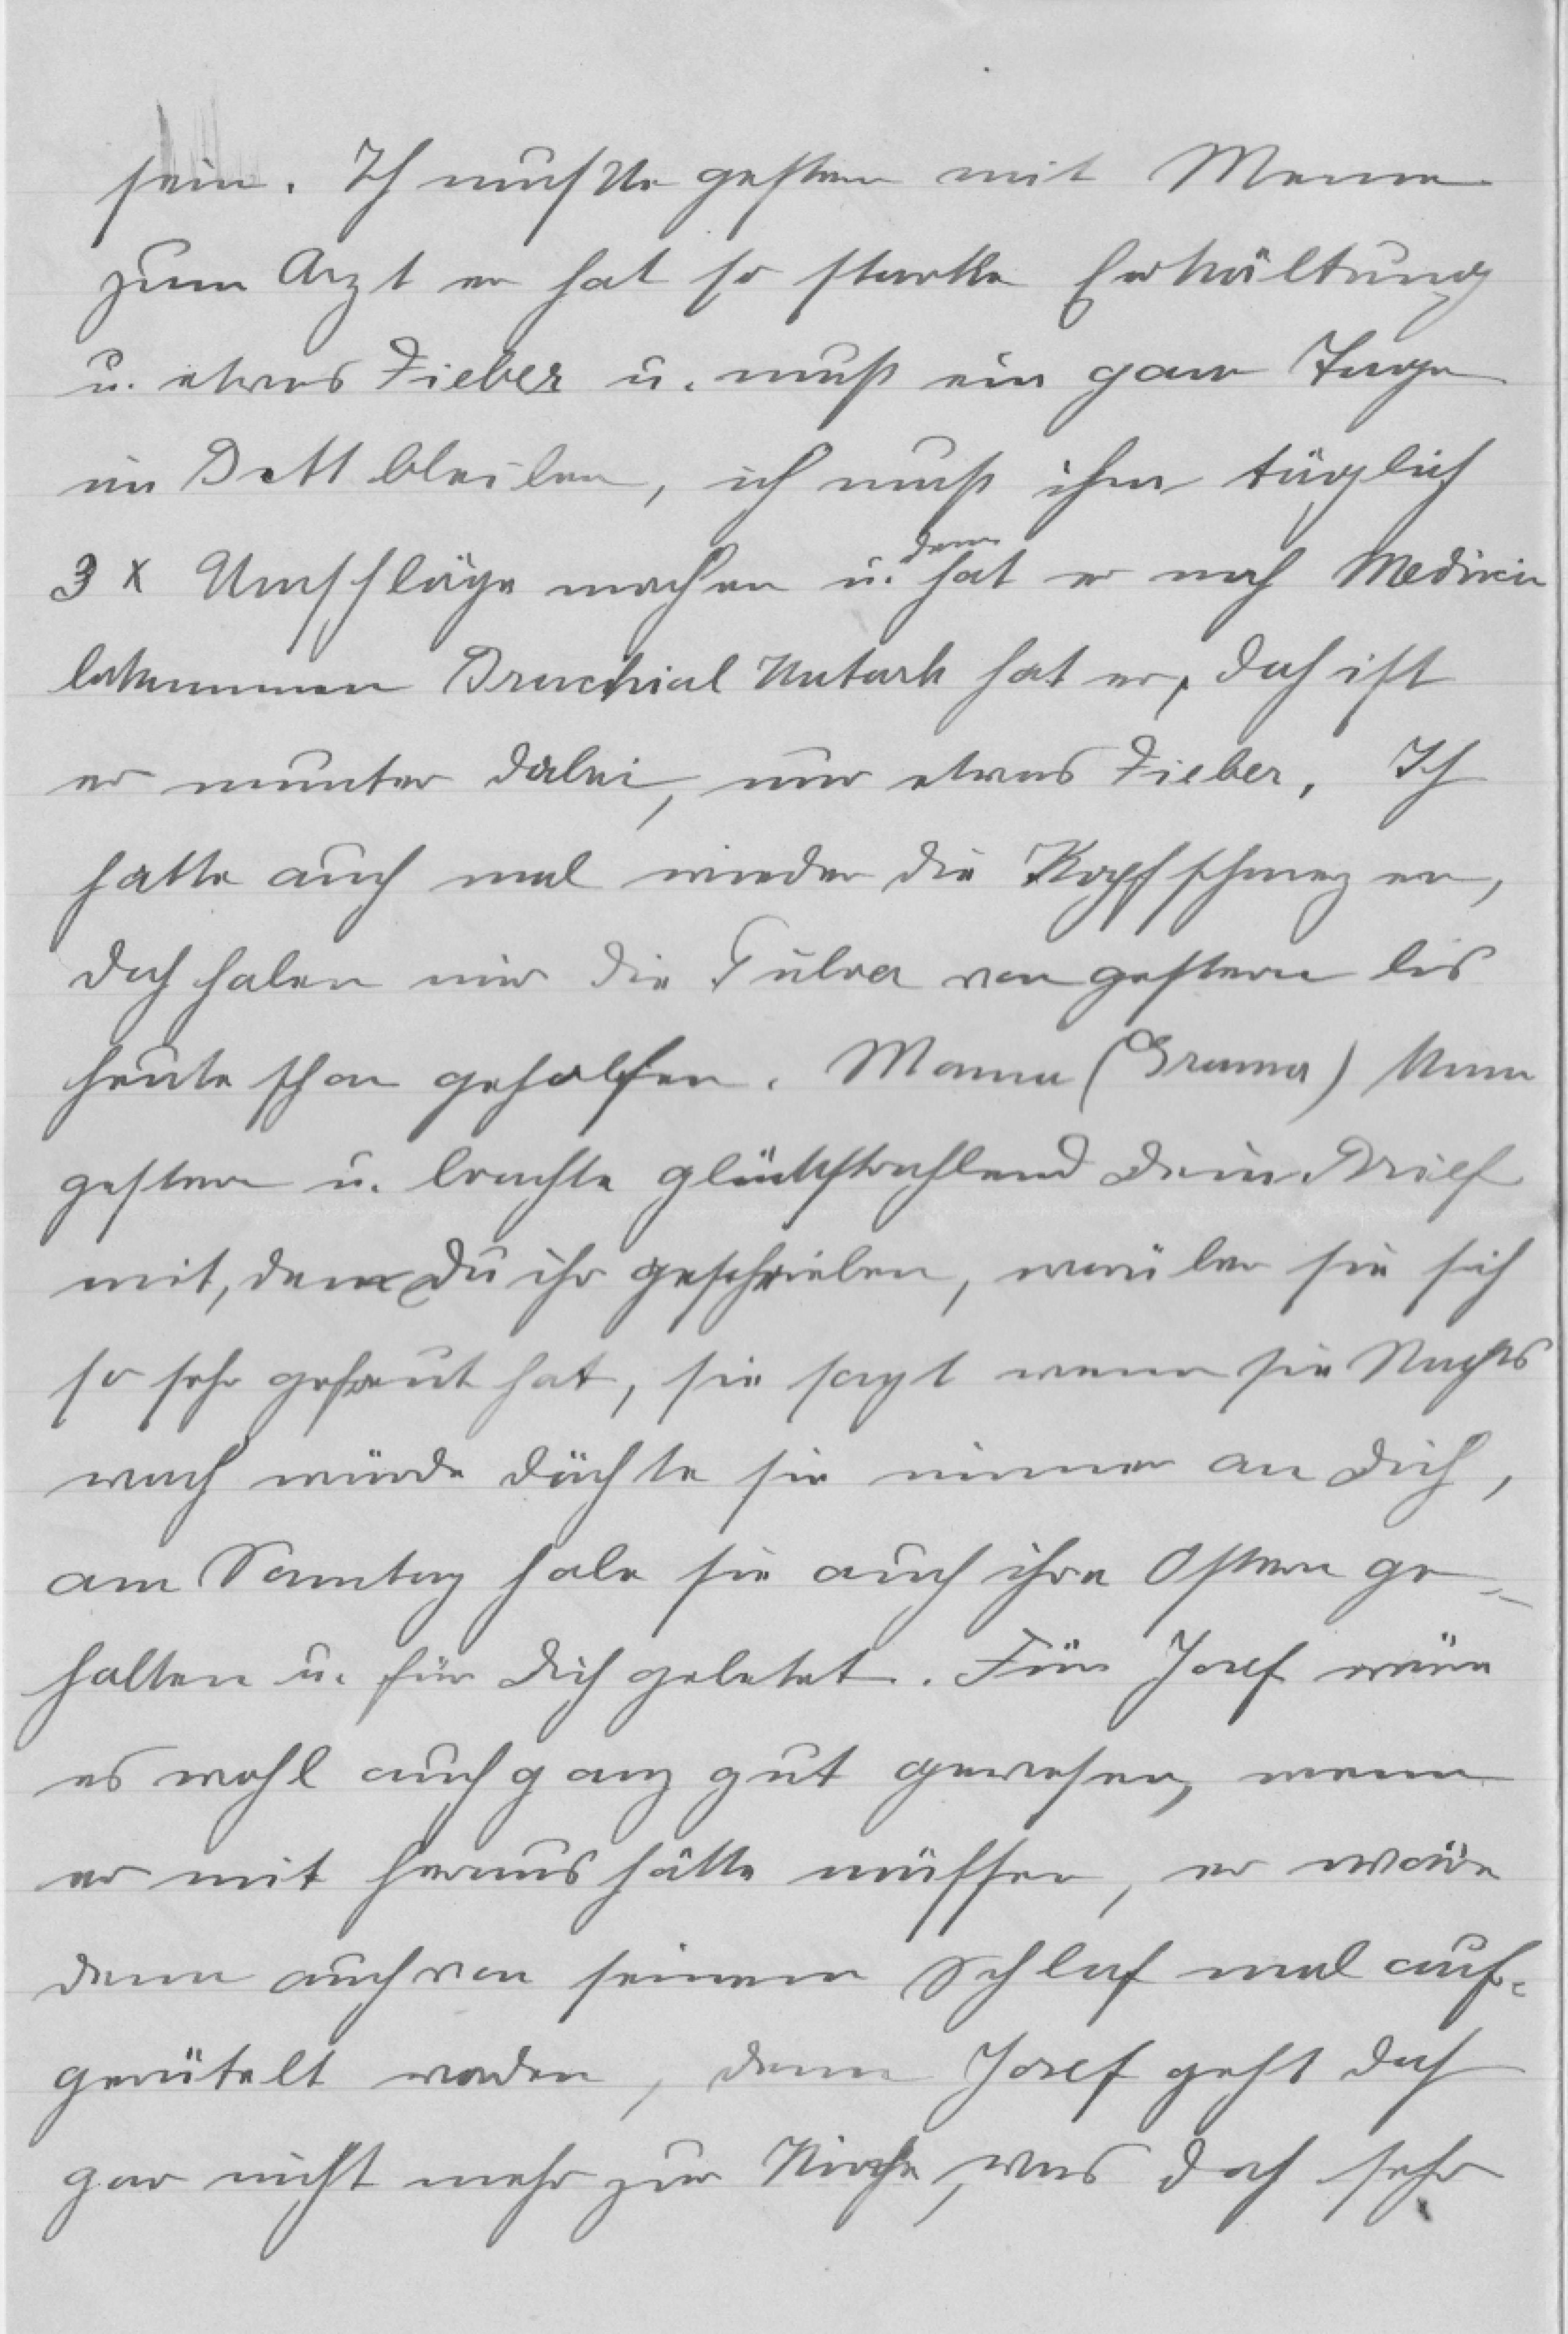
sein. Ich musste gestern mit Meme
zum Arzt er hat so starke Erkältung
u. etwas Fieber u. muß ein paar Tage
im Bett bleiben, ich muß ihm täglich
dann
3 x Umschläge machen u. hat er noch Medicin
bekommen. Bronchial Katarh hat er, doch ist
er munter dabei, nur etwas Fieber, Ich
hatte auch mal wieder die Kopfschmerzen,
doch haben mir die Pulver von gestern bis
heute schon geholfen. Mama (Grama) kam
gestern u. brachte glückstrahlend deinen Brief
mit, den du ihr geschrieben, worüber sie sich
so sehr gefreut hat, sie sagt wenn sie Nachts
wach würde dächte sie immer an dich,
am Sonntag habe sie auch ihre Ostern ge¬
halten u. für dich gebetet. Für Josef wäre
es wohl auch ganz gut gewesen, wenn
er mit heraus hätte müssen, er wäre
dann auch von seinem Schlaf mal auf¬
gerütelt worden, denn Josef geht doch
gar nicht mehr zur Kirche, was doch sehr